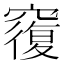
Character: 𥨍